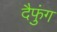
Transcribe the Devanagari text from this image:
दैफुंग